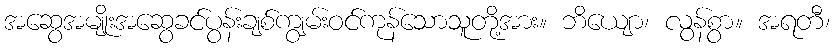
အဆွေအမျိုးအဆွေခင်ပွန်းချစ်ကျွမ်းဝင်ကုန်သောသူတို့အား။ ဘိယျော၊ လွန်စွာ။ အရတီ၊